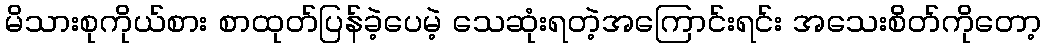
မိသားစုကိုယ်စား စာထုတ်ပြန်ခဲ့ပေမဲ့ သေဆုံးရတဲ့အကြောင်းရင်း အသေးစိတ်ကိုတော့